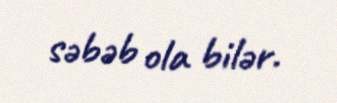
səbəb ola bilər.